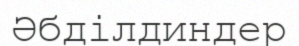
Әбділдиндер